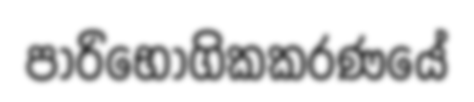
පාරිභෝගිකකරණයේ